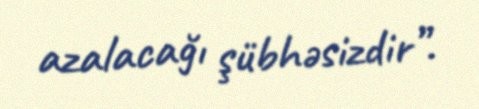
azalacağı şübhəsizdir”.